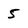
Character: 5